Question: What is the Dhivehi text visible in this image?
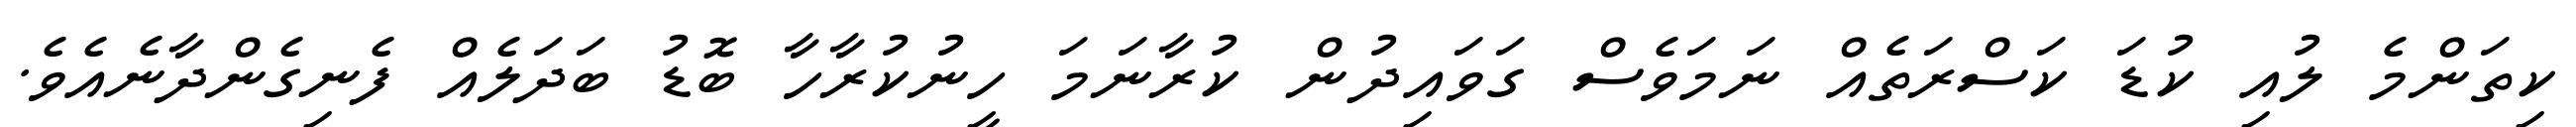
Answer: ކިތަންމެ ލުއި ކުޑަ ކަސްރަތެއް ނަމަވެސް ގަވައިދުން ކުރާނަމަ ހީނުކުރާހާ ބޮޑު ބަދަލެއް ފެނިގެންދާނެއެވެ.